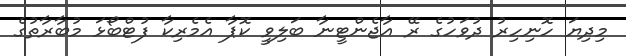
މިދިޔަ ހޮނިހިރު ދުވަހުގެ ރޭ އާޖެންޓީނާ ބަލިވީ ކޮޕާ އެމެރިކާ ފުޓްބޯޅަ މުބާރާތުގެ